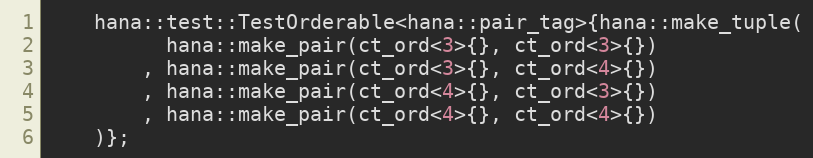
Language: C++
    hana::test::TestOrderable<hana::pair_tag>{hana::make_tuple(
          hana::make_pair(ct_ord<3>{}, ct_ord<3>{})
        , hana::make_pair(ct_ord<3>{}, ct_ord<4>{})
        , hana::make_pair(ct_ord<4>{}, ct_ord<3>{})
        , hana::make_pair(ct_ord<4>{}, ct_ord<4>{})
    )};